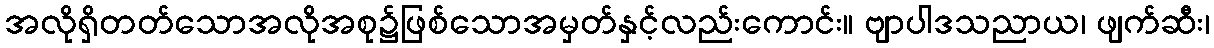
အလိုရှိတတ်သောအလိုအစု၌ဖြစ်သောအမှတ်နှင့်လည်းကောင်း။ ဗျာပါဒသညာယ၊ ဖျက်ဆီး၊